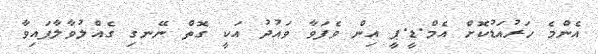
އެންމެ ހަރުއަޑުކޮށް އެމް.ޑީ.ޕީ އިން ވެފަވާ ވައުދު އަކީ ގޮތް ނޭނގި ގެއްލުވާލާފައިވާ